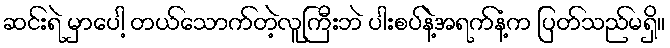
ဆင်းရဲ မှာပေါ့ တယ်သောက်တဲ့လူကြီးဘဲ ပါးစပ်နဲ့အရက်နံ့က ပြတ်သည်မရှိ။